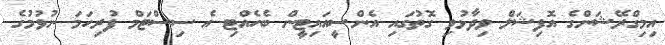
އިމިގްރޭޝަންގެ އޮފިޝަލް ވިދާޅުވި ގޮތުގައި އެންސީއައިޓީން ބެހެއްޓި އެ ސިސްޓަމް ފުރިހަމަ ނުވުމުގެ